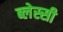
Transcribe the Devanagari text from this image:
ब्लेस्सी